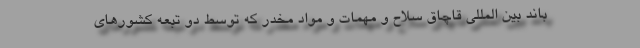
باند بین المللی قاچاق سلاح و مهمات و مواد مخدر که توسط دو تبعه کشورهای